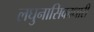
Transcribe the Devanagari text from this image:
लघुनासिकाधारी